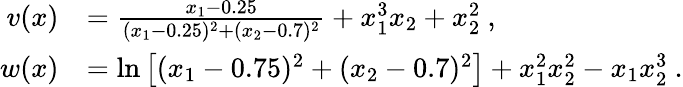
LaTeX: \begin{array}{rl}{v(x)}&{=\frac{x_{1}-0.25}{(x_{1}-0.25)^{2}+(x_{2}-0.7)^{2}}+x_{1}^{3}x_{2}+x_{2}^{2}~,}\\ {w(x)}&{=\ln\big[(x_{1}-0.75)^{2}+(x_{2}-0.7)^{2}\big]+x_{1}^{2}x_{2}^{2}-x_{1}x_{2}^{3}~.}\end{array}